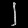
Digit: ၂